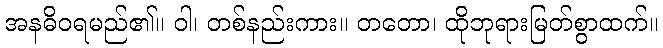
အနဓိဝရမည်၏။ ဝါ၊ တစ်နည်းကား။ တတော၊ ထိုဘုရားမြတ်စွာထက်။